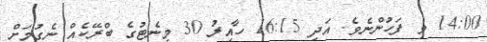
14:00 ވި ފަހުންނެވެ. އަދި 16:15 ހާއިރު 30 މިނެޓުގެ ބްރޭކެއް ނެގުމަށް